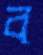
ব্